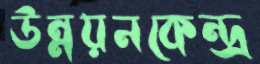
উন্নয়নকেন্দ্র